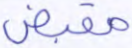
مقبض